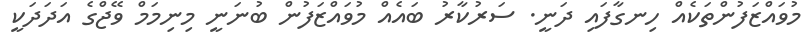
މުވައްޒަފުންތަކެއް ހިނގާފައި ދަނީ. ސަރުކާރު ބައެއް މުވައްޒަފުން ބުނަނީ މިިނިމަމް ވޭޖްގެ އަދަދަކީ